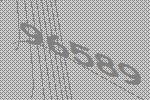
96589